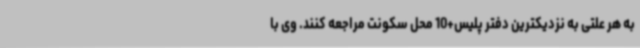
به هر علتی به نزدیکترین دفتر پلیس+10 محل سکونت مراجعه کنند. وی با